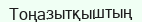
Тоңазытқыштың